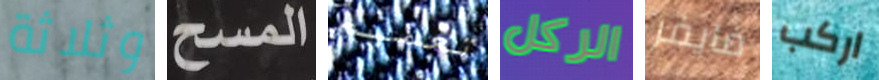
وثلاثة المسح تعميم الركل فايفر اركب